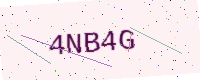
Text: 4NB4G